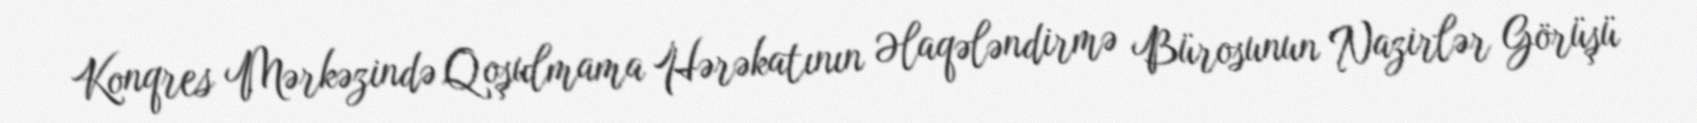
Konqres Mərkəzində Qoşulmama Hərəkatının Əlaqələndirmə Bürosunun Nazirlər Görüşü